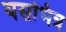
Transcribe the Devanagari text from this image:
यसभित्र